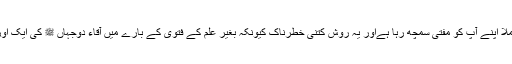
ہر شخص عملا اپنے آپ کو مفتی سمچھ رہا ہےاور یہ روش کتنی خطرناک کیونکہ بغیر علم کے فتویٰ کے بارے میں آقاء دوجہاں ﷺ کی ایک اور حدیث ہے۔